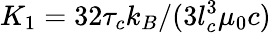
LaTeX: K_{1}=32\tau_{c}k_{B}/(3l_{c}^{3}\mu_{0}c)